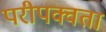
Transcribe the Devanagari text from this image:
परीपक्वता